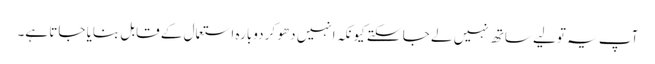
آپ یہ تولیے ساتھ نہیں لے جا سکتے کیونکہ انہیں دھو کر دوبارہ استعمال کے قابل بنایا جاتا ہے۔